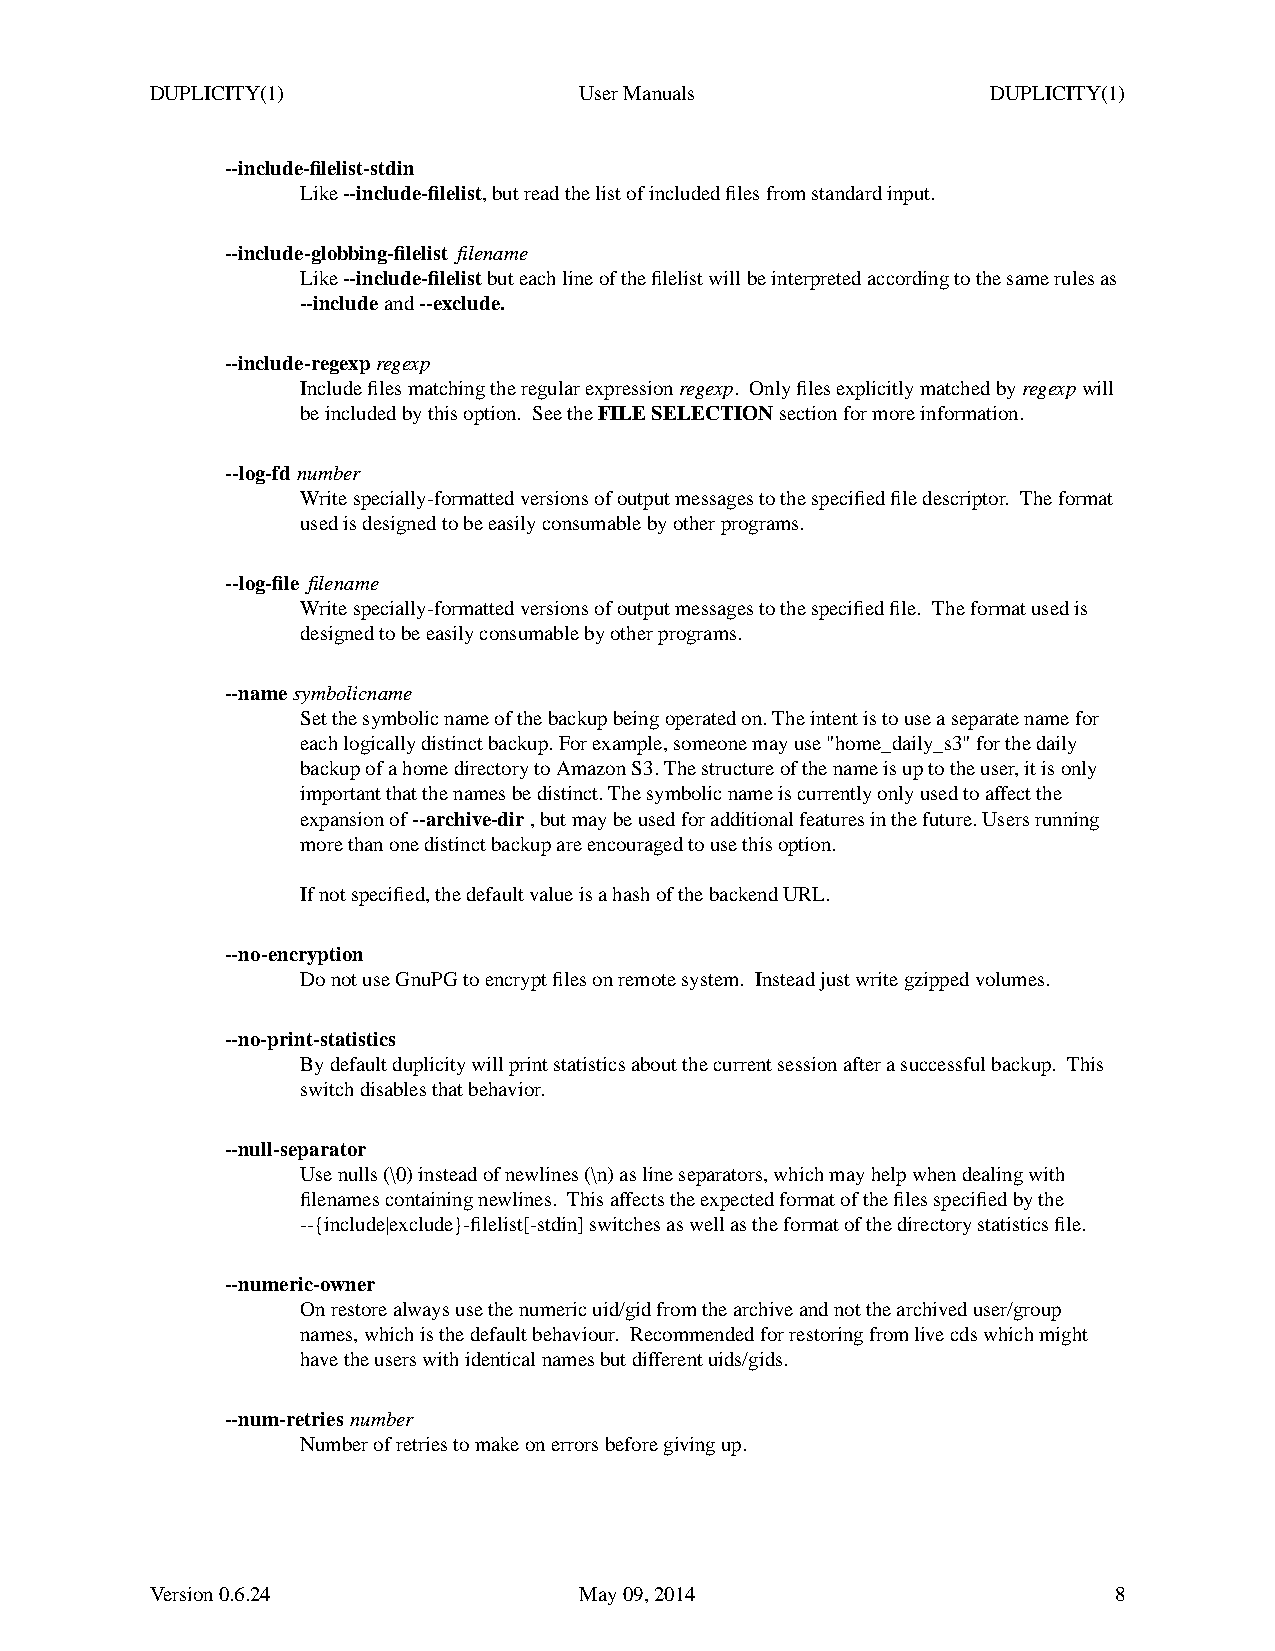
DUPLICITY(1)                UserManuals                 DUPLICITY(1)
 --include-filelist-stdin
 Like--include-filelist,but read the list of included files from standard input.
 --include-globbing-filelist filename
 Like--include-filelistbuteach line of the filelist will be interpreted according to the same rules as
 --includeand--exclude.
 --include-regexpregexp
 Include files matching the regular expressionregexp. Only files explicitly matched byregexpwill
 be included by this option. See theFILE SELECTIONsection for more information.
 --log-fdnumber
 Write specially-formatted versions of output messages to the specified file descriptor. The format
 used is designed to be easily consumable by other programs.
 --log-file filename
 Write specially-formatted versions of output messages to the specified file. The format used is
 designed to be easily consumable by other programs.
 --namesymbolicname
 Set the symbolic name of the backup being operated on. The intent is to use a separate name for
 each logically distinct backup. For example, someone may use "home_daily_s3" for the daily
 backup of a home directory to Amazon S3. The structure of the name is up to the user,itisonly
 important that the names be distinct. The symbolic name is currently only used to affect the
 expansion of--archive-dir,but may be used for additional features in the future. Users running
 more than one distinct backup are encouraged to use this option.
 If not specified, the default value is a hash of the backend URL.
 --no-encryption
 Do not use GnuPG to encrypt files on remote system. Instead just write gzipped volumes.
 --no-print-statistics
 By default duplicity will print statistics about the current session after a successful backup. This
 switch disables that behavior.
 --null-separator
 Use nulls (\0) instead of newlines (\n) as line separators, which may help when dealing with
 filenames containing newlines. Thisaffects the expected format of the files specified by the
 --{include|exclude}-filelist[-stdin] switches as well as the format of the directory statistics file.
 --numeric-owner
 On restore always use the numeric uid/gid from the archive and not the archiveduser/group
 names, which is the default behaviour. Recommended for restoring from live cds which might
 have the users with identical names but different uids/gids.
 --num-retriesnumber
 Number of retries to makeonerrors before giving up.
 Version 0.6.24              May 09, 2014                        8